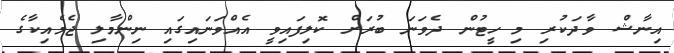
އިނާޝް ވާދަކުރި މި ހީޓުން ދެވަނަ ބުރަށް ކޮލިފައިވީ އެއްވަނައިގައި ނިންމާލި ޖެމެއިކާގެ